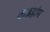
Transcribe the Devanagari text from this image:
ताइहांग